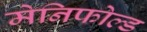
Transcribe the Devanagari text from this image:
मेनिफोल्ड